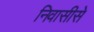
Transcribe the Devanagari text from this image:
निवासीसे